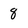
Character: 8